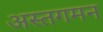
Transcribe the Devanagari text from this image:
अस्तगमन